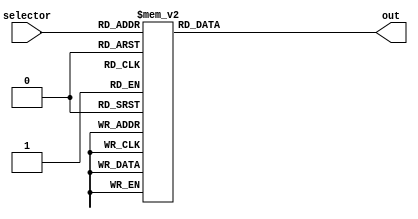
/*
   This file was generated automatically by Alchitry Labs version 1.2.7.
   Do not edit this file directly. Instead edit the original Lucid source.
   This is a temporary file and any changes made to it will be destroyed.
*/

module green_alphabets_23 (
    input [4:0] selector,
    output reg [599:0] out
  );
  
  
  
  always @* begin
    
    case (selector)
      5'h01: begin
        out = 600'h000000000000000011000000000000000000000011000000000011000000000011000000000000000000000011000011000011000011000011000011000011000000000000000000000011;
      end
      5'h02: begin
        out = 600'h000000000011000011000011000011000011000000000000000000000011000000000011000011000011000011000011000000000000000000000011000000000011000011000011000011;
      end
      5'h03: begin
        out = 600'h000000000011000011000011000000000011000000000000000000000011000000000000000000000000000011000011000000000000000000000011000000000011000011000011000000;
      end
      5'h04: begin
        out = 600'h000000000011000011000011000011000011000000000000000000000011000011000000000000000000000011000011000000000000000000000011000000000011000011000011000011;
      end
      5'h05: begin
        out = 600'h000011000011000011000011000011000011000000000000000000000000000000000000000011000011000011000011000000000000000000000000000011000011000011000011000011;
      end
      5'h06: begin
        out = 600'h000011000011000011000011000011000011000000000000000000000000000000000000000011000011000011000011000000000000000000000000000000000000000000000000000011;
      end
      5'h07: begin
        out = 600'h000011000011000011000011000000000011000000000000000000000000000011000011000000000000000011000011000000000000000000000011000000000011000011000011000011;
      end
      5'h08: begin
        out = 600'h000011000000000000000000000011000011000000000000000000000011000011000011000011000011000011000011000000000000000000000011000011000000000000000000000011;
      end
      5'h09: begin
        out = 600'h000011000011000011000011000011000000000000000011000000000000000000000000000011000000000000000000000000000011000000000000000011000011000011000011000011;
      end
      5'h0a: begin
        out = 600'h000011000011000011000011000011000000000000000000000011000000000000000011000000000000000000000011000000000000000011000000000000000011000011000011000000;
      end
      5'h0b: begin
        out = 600'h000011000000000000000000000011000011000000000000000011000000000000000000000011000011000011000011000000000000000011000000000011000000000000000000000011;
      end
      5'h0c: begin
        out = 600'h000000000000000000000000000011000011000000000000000000000000000000000000000000000000000011000011000000000000000000000000000011000011000011000011000011;
      end
      5'h0d: begin
        out = 600'h000011000000000000000000000011000011000011000000000011000011000011000000000011000000000011000011000000000000000000000011000011000000000000000000000011;
      end
      5'h0e: begin
        out = 600'h000011000000000000000000000011000011000011000000000000000011000011000000000011000000000011000011000000000000000011000011000011000000000000000000000011;
      end
      5'h0f: begin
        out = 600'h000000000011000011000011000000000011000000000000000000000011000011000000000000000000000011000011000000000000000000000011000000000011000011000011000000;
      end
      5'h10: begin
        out = 600'h000000000011000011000011000011000011000000000000000000000011000000000011000011000011000011000011000000000000000000000000000000000000000000000000000011;
      end
      5'h11: begin
        out = 600'h000011000011000011000011000000000011000000000000000000000011000011000000000011000000000011000011000000000000000011000000000011000000000011000011000000;
      end
      5'h12: begin
        out = 600'h000000000011000011000011000000000011000000000000000000000011000011000011000011000011000011000011000000000000000011000000000011000000000000000000000011;
      end
      5'h13: begin
        out = 600'h000000000011000011000011000011000011000000000000000000000000000000000011000011000011000000000000000000000000000000000011000011000011000011000011000000;
      end
      5'h14: begin
        out = 600'h000011000011000011000011000011000000000000000011000000000000000000000000000011000000000000000000000000000011000000000000000000000000000011000000000000;
      end
      5'h15: begin
        out = 600'h000011000000000000000000000011000011000000000000000000000011000011000000000000000000000011000011000000000000000000000011000000000011000011000011000000;
      end
      5'h16: begin
        out = 600'h000011000000000000000000000011000011000000000000000000000011000011000000000000000000000011000000000011000000000011000000000000000000000011000000000000;
      end
      5'h17: begin
        out = 600'h000011000000000000000000000011000011000000000000000000000011000011000000000011000000000011000011000011000000000011000011000011000000000000000000000011;
      end
      5'h18: begin
        out = 600'h000011000000000000000000000011000000000011000000000011000000000000000000000011000000000000000000000011000000000011000000000011000000000000000000000011;
      end
      5'h19: begin
        out = 600'h000011000000000000000000000011000000000011000000000011000000000000000000000011000000000000000000000000000011000000000000000000000000000011000000000000;
      end
      5'h1a: begin
        out = 600'h000011000011000011000011000011000000000000000000000011000000000000000000000011000000000000000000000011000000000000000000000011000011000011000011000011;
      end
      default: begin
        out = 600'h000000000000000000000000000000000000000000000000000000000000000000000000000000000000000000000000000000000000000000000000000000000000000000000000000000;
      end
    endcase
  end
endmodule